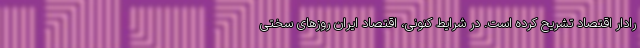
رادار اقتصاد تشریح کرده است. در شرایط کنونی، اقتصاد ایران روزهای سختی